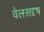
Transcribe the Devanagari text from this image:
वेलसदृष